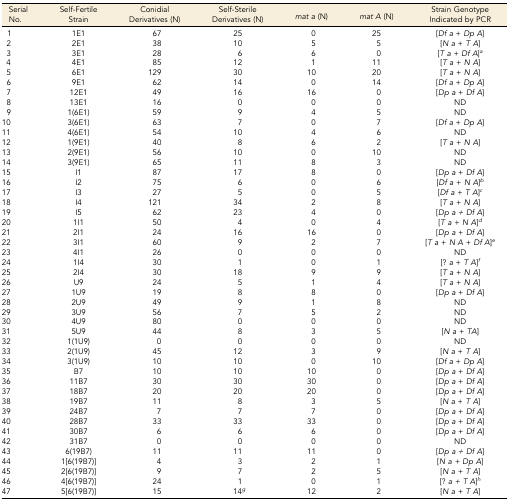
<table><thead><tr><td><b>Serial No.</b></td><td><b>Self-Fertile Strain</b></td><td><b>Conidial Derivatives (N)</b></td><td><b>Self-Sterile Derivatives (N)</b></td><td><b><i>mat</i><i>a</i> (N)</b></td><td><b><i>mat A</i> (N)</b></td><td><b>Strain Genotype Indicated by PCR</b></td></tr></thead><tbody><tr><td>1</td><td>1E1</td><td>67</td><td>25</td><td>0</td><td>25</td><td>[<i>Df a</i> + <i>Dp A</i>]</td></tr><tr><td>2</td><td>2E1</td><td>38</td><td>10</td><td>5</td><td>5</td><td>[<i>N a</i> + <i>T A</i>]</td></tr><tr><td>3</td><td>3E1</td><td>28</td><td>6</td><td>6</td><td>0</td><td>[<i>T a</i> + <i>Df A</i>]<i><sup>a</sup></i></td></tr><tr><td>4</td><td>4E1</td><td>85</td><td>12</td><td>1</td><td>11</td><td>[<i>T a</i> + <i>N A</i>]</td></tr><tr><td>5</td><td>6E1</td><td>129</td><td>30</td><td>10</td><td>20</td><td>[<i>T a</i> + <i>N A</i>]</td></tr><tr><td>6</td><td>9E1</td><td>62</td><td>14</td><td>0</td><td>14</td><td>[<i>Df a</i> + <i>Dp A</i>]</td></tr><tr><td>7</td><td>12E1</td><td>49</td><td>16</td><td>16</td><td>0</td><td>[<i>Dp a</i> + <i>Df A</i>]</td></tr><tr><td>8</td><td>13E1</td><td>16</td><td>0</td><td>0</td><td>0</td><td>ND</td></tr><tr><td>9</td><td>1(6E1)</td><td>59</td><td>9</td><td>4</td><td>5</td><td>ND</td></tr><tr><td>10</td><td>3(6E1)</td><td>63</td><td>7</td><td>0</td><td>7</td><td>[<i>Df a</i> + <i>Dp A</i>]</td></tr><tr><td>11</td><td>4(6E1)</td><td>54</td><td>10</td><td>4</td><td>6</td><td>ND</td></tr><tr><td>12</td><td>1(9E1)</td><td>40</td><td>8</td><td>6</td><td>2</td><td>[<i>T a</i> + <i>N A</i>]</td></tr><tr><td>13</td><td>2(9E1)</td><td>56</td><td>10</td><td>0</td><td>10</td><td>ND</td></tr><tr><td>14</td><td>3(9E1)</td><td>65</td><td>11</td><td>8</td><td>3</td><td>ND</td></tr><tr><td>15</td><td>I1</td><td>87</td><td>17</td><td>8</td><td>0</td><td>[<i>Dp a</i> + <i>Df A</i>]</td></tr><tr><td>16</td><td>I2</td><td>75</td><td>6</td><td>0</td><td>6</td><td>[<i>Df a</i> + <i>N A</i>]<i><sup>b</sup></i></td></tr><tr><td>17</td><td>I3</td><td>27</td><td>5</td><td>0</td><td>5</td><td>[<i>Df a</i> + <i>T A</i>]<i><sup>c</sup></i></td></tr><tr><td>18</td><td>I4</td><td>121</td><td>34</td><td>2</td><td>8</td><td>[<i>T a</i> + <i>N A</i>]</td></tr><tr><td>19</td><td>I5</td><td>62</td><td>23</td><td>4</td><td>0</td><td>[<i>Dp a + Df A</i>]</td></tr><tr><td>20</td><td>1I1</td><td>50</td><td>4</td><td>0</td><td>4</td><td>[<i>T a</i> + <i>N A</i>]<i><sup>d</sup></i></td></tr><tr><td>21</td><td>2I1</td><td>24</td><td>16</td><td>16</td><td>0</td><td>[<i>Dp a</i> + <i>Df A</i>]</td></tr><tr><td>22</td><td>3I1</td><td>60</td><td>9</td><td>2</td><td>7</td><td>[<i>T a</i> + <i>N A</i> + <i>Df A</i>]<i><sup>e</sup></i></td></tr><tr><td>23</td><td>4I1</td><td>26</td><td>0</td><td>0</td><td>0</td><td>ND</td></tr><tr><td>24</td><td>1I4</td><td>30</td><td>1</td><td>0</td><td>1</td><td>[? <i>a</i> + <i>T A</i>]<i><sup>f</sup></i></td></tr><tr><td>25</td><td>2I4</td><td>30</td><td>18</td><td>9</td><td>9</td><td>[<i>T a</i> + <i>N A</i>]</td></tr><tr><td>26</td><td>U9</td><td>24</td><td>5</td><td>1</td><td>4</td><td>[<i>T a</i> + <i>N A</i>]</td></tr><tr><td>27</td><td>1U9</td><td>19</td><td>8</td><td>8</td><td>0</td><td>[<i>Dp a</i> + <i>Df A</i>]</td></tr><tr><td>28</td><td>2U9</td><td>49</td><td>9</td><td>1</td><td>8</td><td>ND</td></tr><tr><td>29</td><td>3U9</td><td>56</td><td>7</td><td>5</td><td>2</td><td>ND</td></tr><tr><td>30</td><td>4U9</td><td>80</td><td>0</td><td>0</td><td>0</td><td>ND</td></tr><tr><td>31</td><td>5U9</td><td>44</td><td>8</td><td>3</td><td>5</td><td>[<i>N a</i> + <i>TA</i>]</td></tr><tr><td>32</td><td>1(1U9)</td><td>0</td><td>0</td><td>0</td><td>0</td><td>ND</td></tr><tr><td>33</td><td>2(1U9)</td><td>45</td><td>12</td><td>3</td><td>9</td><td>[<i>N a</i> + <i>T A</i>]</td></tr><tr><td>34</td><td>3(1U9)</td><td>10</td><td>10</td><td>0</td><td>10</td><td>[<i>Df a</i> + <i>Dp A</i>]</td></tr><tr><td>35</td><td>B7</td><td>10</td><td>10</td><td>10</td><td>0</td><td>[<i>Dp a</i> + <i>Df A</i>]</td></tr><tr><td>36</td><td>11B7</td><td>30</td><td>30</td><td>30</td><td>0</td><td>[<i>Dp a</i> + <i>Df A</i>]</td></tr><tr><td>37</td><td>18B7</td><td>20</td><td>20</td><td>20</td><td>0</td><td>[<i>Dp a</i> + <i>Df A</i>]</td></tr><tr><td>38</td><td>19B7</td><td>11</td><td>8</td><td>3</td><td>5</td><td>[<i>N a</i> + <i>T A</i>]</td></tr><tr><td>39</td><td>24B7</td><td>7</td><td>7</td><td>7</td><td>0</td><td>[<i>Dp a</i> + <i>Df A</i>]</td></tr><tr><td>40</td><td>28B7</td><td>33</td><td>33</td><td>33</td><td>0</td><td>[<i>Dp a</i> + <i>Df A</i>]</td></tr><tr><td>41</td><td>30B7</td><td>6</td><td>6</td><td>6</td><td>0</td><td>[<i>Dp a</i> + <i>Df A</i>]</td></tr><tr><td>42</td><td>31B7</td><td>0</td><td>0</td><td>0</td><td>0</td><td>ND</td></tr><tr><td>43</td><td>6(19B7)</td><td>11</td><td>11</td><td>11</td><td>0</td><td>[<i>Dp a + Df A</i>]</td></tr><tr><td>44</td><td>1[6(19B7)]</td><td>4</td><td>3</td><td>2</td><td>1</td><td>[<i>N a + Dp A</i>]</td></tr><tr><td>45</td><td>2[6(19B7)]</td><td>9</td><td>7</td><td>2</td><td>5</td><td>[<i>N a + T A</i>]</td></tr><tr><td>46</td><td>4[6(19B7)]</td><td>24</td><td>1</td><td>0</td><td>1</td><td>[? <i>a + T A</i>]<i><sup>h</sup></i></td></tr><tr><td>47</td><td>5[6(19B7)]</td><td>15</td><td>14<i><sup>g</sup></i></td><td>12</td><td>2</td><td>[<i>N a + T A</i>]</td></tr></tbody></table>